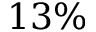
1 3 \%